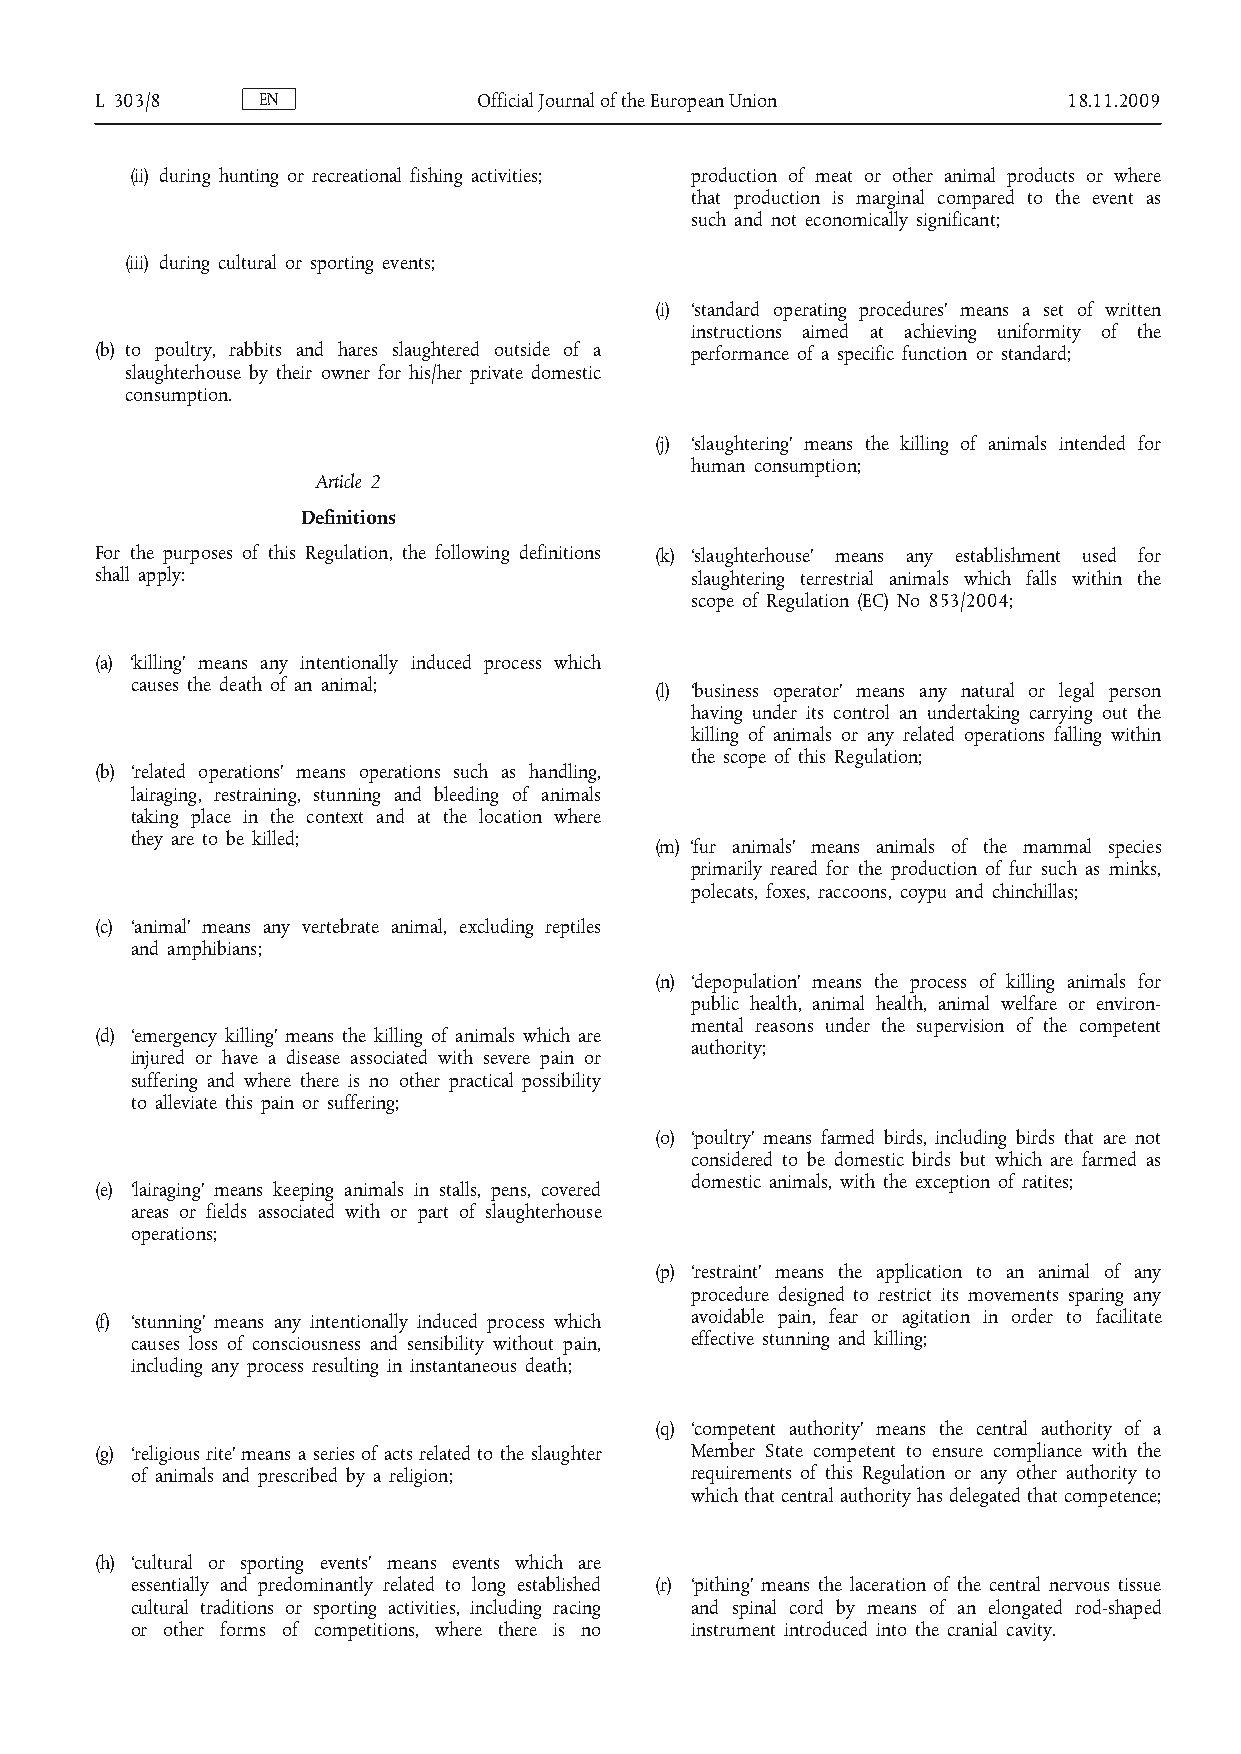
L 303/8    EN             Official Journal of the European Union 18.11.2009
 (ii) during hunting or recreational fishing activities; production of meat or other animal products or where
 that production is marginal compared to the event as
 such and not economically significant;
 (iii) during cultural or sporting events;
 (i) ‘standard operating procedures’ means a set of written
 instructions aimed at achieving uniformity of the
 (b) to poultry, rabbits and hares slaughtered outside of a performance of a specific function or standard;
 slaughterhouse by their owner for his/her private domestic
 consumption.
 (j) ‘slaughtering’ means the killing of animals intended for
 human consumption;
 Article 2
 Definitions
 For the purposes of this Regulation, the following definitions (k) ‘slaughterhouse’ means any establishment used for
 shall apply:                            slaughtering terrestrial animals which falls within the
 scope of Regulation (EC) No 853/2004;
 (a) ‘killing’ means any intentionally induced process which
 causes the death of an animal;    (l) ‘business operator’ means any natural or legal person
 having under its control an undertaking carrying out the
 killing of animals or any related operations falling within
 the scope of this Regulation;
 (b) ‘related operations’ means operations such as handling,
 lairaging, restraining, stunning and bleeding of animals
 taking place in the context and at the location where
 they are to be killed;
 (m) ‘fur animals’ means animals of the mammal species
 primarily reared for the production of fur such as minks,
 polecats, foxes, raccoons, coypu and chinchillas;
 (c) ‘animal’ means any vertebrate animal, excluding reptiles
 and amphibians;
 (n) ‘depopulation’ means the process of killing animals for
 public health, animal health, animal welfare or environ­
 mental reasons under the supervision of the competent
 (d) ‘emergency killing’ means the killing of animals which are
 authority;
 injured or have a disease associated with severe pain or
 suffering and where there is no other practical possibility
 to alleviate this pain or suffering;
 (o) ‘poultry’ means farmed birds, including birds that are not
 considered to be domestic birds but which are farmed as
 domestic animals, with the exception of ratites;
 (e) ‘lairaging’ means keeping animals in stalls, pens, covered
 areas or fields associated with or part of slaughterhouse
 operations;
 (p) ‘restraint’ means the application to an animal of any
 procedure designed to restrict its movements sparing any
 (f) ‘stunning’ means any intentionally induced process which avoidable pain, fear or agitation in order to facilitate
 causes loss of consciousness and sensibility without pain, effective stunning and killing;
 including any process resulting in instantaneous death;
 (q) ‘competent authority’ means the central authority of a
 (g) ‘religious rite’ means a series of acts related to the slaughter Member State competent to ensure compliance with the
 of animals and prescribed by a religion; requirements of this Regulation or any other authority to
 which that central authority has delegated that competence;
 (h) ‘cultural or sporting events’ means events which are
 essentially and predominantly related to long established (r) ‘pithing’ means the laceration of the central nervous tissue
 cultural traditions or sporting activities, including racing and spinal cord by means of an elongated rod-shaped
 or other forms of competitions, where there is no instrument introduced into the cranial cavity.